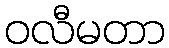
ဝလီမတာ